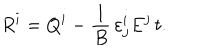
LaTeX: R ^ { i } = Q ^ { i } - \frac { 1 } { B } \, \varepsilon _ { j } ^ { i } E ^ { j } \, t .